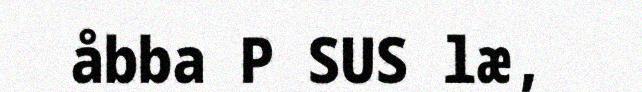
åbba P SUS læ,